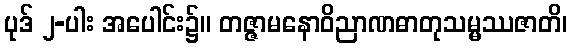
ပုဒ် ၂-ပါး အပေါင်း၌။ တဇ္ဇာမနောဝိညာဏဓာတုသမ္မဿဇာတိ၊